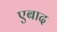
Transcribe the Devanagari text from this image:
एबाद